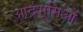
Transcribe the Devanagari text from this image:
आर्द्रभूमिओं